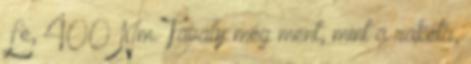
Le, 400 Nm. Tavaly még ment, mint a rakéta,